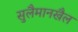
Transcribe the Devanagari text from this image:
सुलैमानखैल